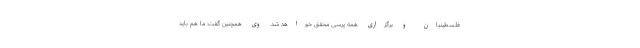
فلسطینیان و برگزاری همه پرسی محقق خواهد شد. وی همچنین گفت: ما هم باید